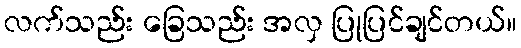
လက်သည်း ခြေသည်း အလှ ပြုပြင်ချင်တယ်။